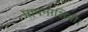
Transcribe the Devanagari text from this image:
पापनाशिनी।